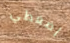
إضغطي